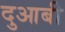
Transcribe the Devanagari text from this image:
दुआबी